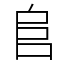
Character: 𨸏